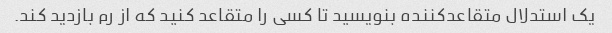
یک استدلال متقاعدکننده بنویسید تا کسی را متقاعد کنید که از رم بازدید کند.